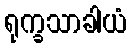
ရုက္ခသာခါယံ